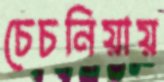
চেচনিয়ায়